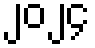
၂၀၂၄